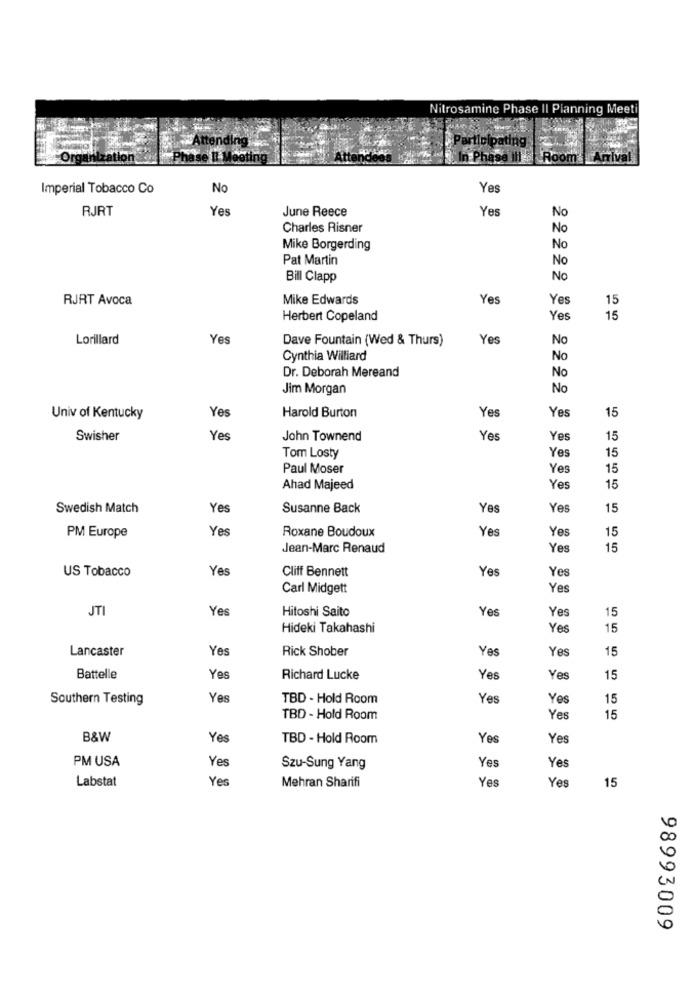
Nitrosamine Phase II Planning Meeti
atipo
oom
Arrival
Imperial Tobacco Co
No
Yes
RJRT
Yes
June Reece
Yes
No
Charles Risner
No
Mike Borgerding
No
Pat Martin
No
Bill Clapp
No
RJRT Avoca
Mike Edwards
Yes
Yes
15
Herbert Copeland
Yes
15
Lorillard
Yes
Dave Fountain (Wed & Thurs)
Yes
No
Cynthia Williard
No
No
Dr. Deborah Mereand
Jim Morgan
No
Yes
Yes
15
Univ of Kentucky
Harold Burton
Yes
Swisher
Ye
John Townend
Yes
Yes
15
Yes
Tom Losty
15
Paul Moser
Yes
15
Ahad Majeed
Yes
15
Swedish Match
Ye
Susanne Back
Yes
Yes
15
Ye
Roxane Boudoux
Yes
Yes
PM Europe
15
Jean-Marc Renaud
Yes
15
Yes
Cliff Bennett
Yes
Yes
US Tobacco
Carl Midgett
Yes
JTI
Yes
Hitoshi Saito
Yes
Ye
15
Hideki Takahashi
Yes
15
Lancaster
Yes
Rick Shober
Yes
Yes
15
Battelle
Yes
Richard Lucke
Yes
Yes
15
Southern Testing
Yes
TBD - Hold Room
Yes
Yes
15
TBD - Hold Room
Yes
15
B&W
Yes
TBD - Hold Room
Yes
Yes
PM USA
Yes
Yes
Szu-Sung Yang
Yes
Labstat
Yes
Yes
Mehran Sharifi
Yes
15
98993009